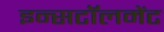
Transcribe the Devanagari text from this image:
इन्सटॉलमेंट